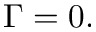
\Gamma = 0 .